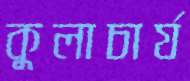
কুলাচার্য